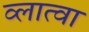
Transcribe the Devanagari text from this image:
व्लात्वा